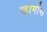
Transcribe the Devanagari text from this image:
व्हार्गास